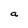
Character: a